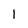
Character: 1